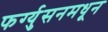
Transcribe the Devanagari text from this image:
फर्ग्युसनमधून